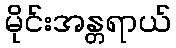
မိုင်းအန္တရာယ်